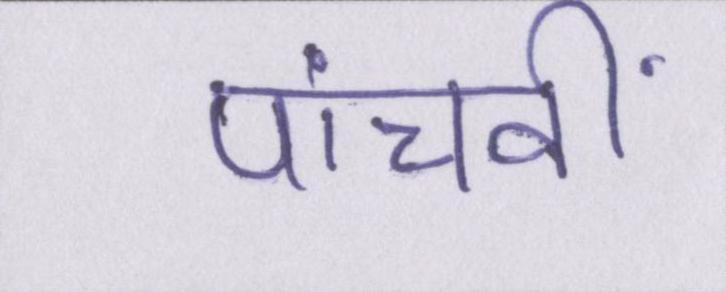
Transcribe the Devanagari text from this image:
पांचवीं